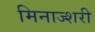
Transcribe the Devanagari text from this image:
मिनाज्शरी